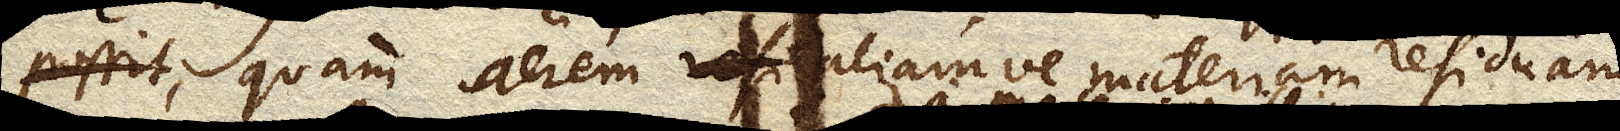
possit quam aerem aliamve materiam residuam